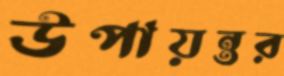
উপায়ন্তর